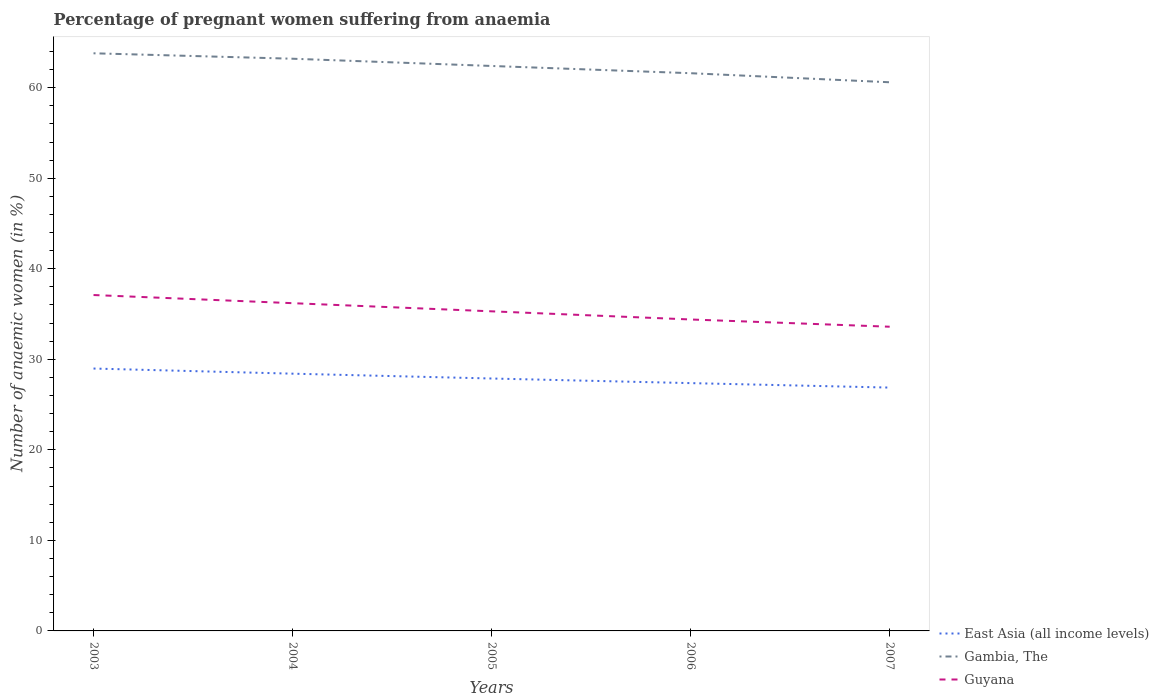
| Years | East Asia (all income levels) | Gambia, The | Guyana |
 | --- | --- | --- | --- |
 | 2003 | 29 | 63.8 | 37.1 |
 | 2004 | 28.4 | 63.2 | 36.2 |
 | 2005 | 27.9 | 62.4 | 35.3 |
 | 2006 | 27.4 | 61.6 | 34.4 |
 | 2007 | 26.9 | 60.6 | 33.6 |